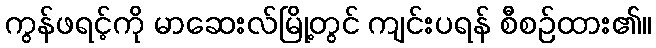
ကွန်ဖရင့်ကို မာဆေးလ်မြို့တွင် ကျင်းပရန် စီစဉ်ထား၏။